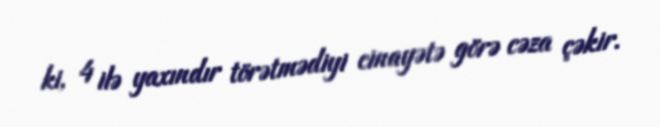
ki, 4 ilə yaxındır törətmədiyi cinayətə görə cəza çəkir.